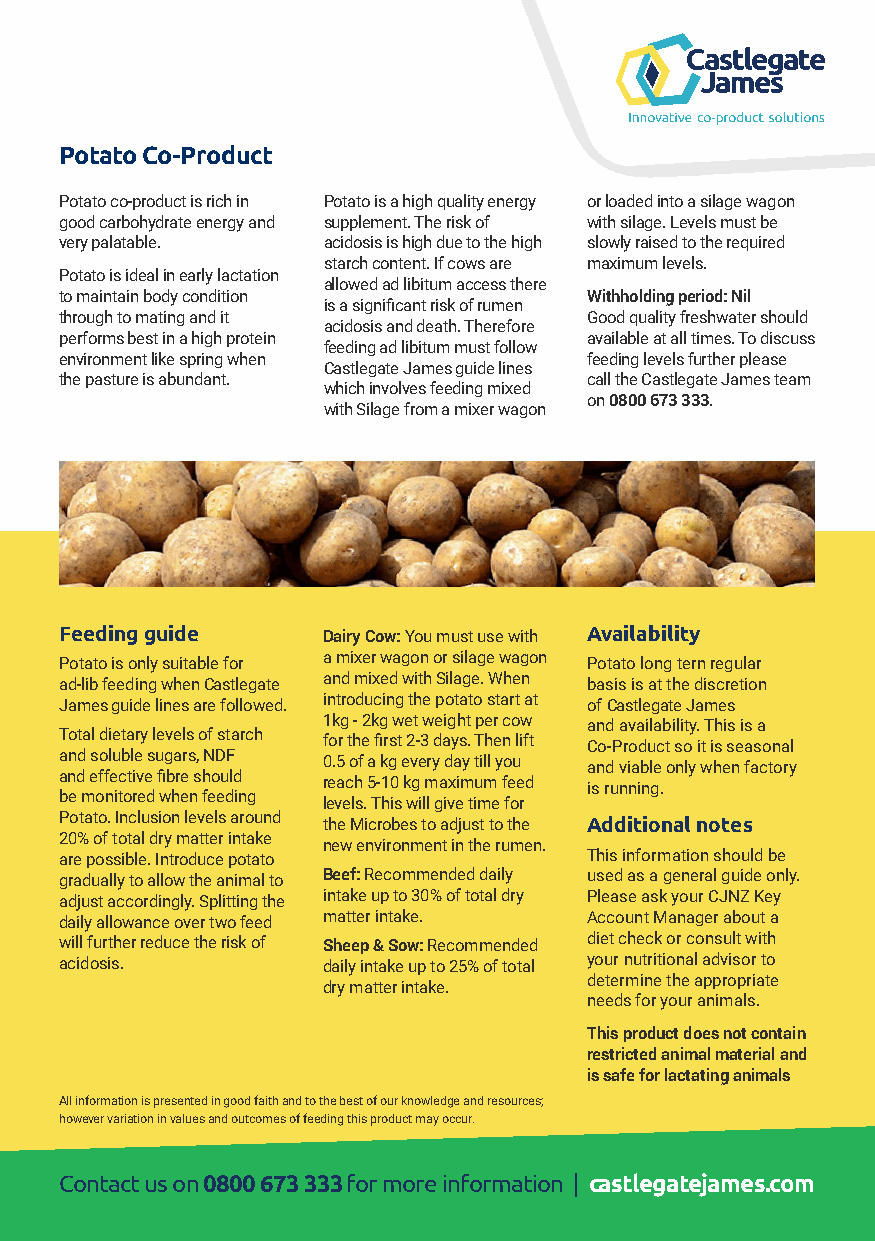
Potato Co-Product
 Potato co-product is rich in Potato is a high quality energy or loaded into a silage wagon
 good carbohydrate energy and supplement. The risk of with silage. Levels must be
 very palatable.  acidosis is high due to the high slowly raised to the required
 starch content. If cows are maximum levels.
 Potato is ideal in early lactation
 allowed ad libitum access there
 to maintain body condition         Withholding period: Nil
 is a significant risk of rumen
 through to mating and it           Good quality freshwater should
 acidosis and death. Therefore
 performs best in a high protein    available at all times. To discuss
 feeding ad libitum must follow
 environment like spring when       feeding levels further please
 Castlegate James guide lines
 the pasture is abundant.           call the Castlegate James team
 which involves feeding mixed
 on 0800 673 333.
 with Silage from a mixer wagon
 Feeding guide    Dairy Cow: You must use with Availability
 Potato is only suitable for a mixer wagon or silage wagon Potato long tern regular
 ad-lib feeding when Castlegate and mixed with Silage. When basis is at the discretion
 James guide lines are followed. introducing the potato start at of Castlegate James
 1kg - 2kg wet weight per cow and availability. This is a
 Total dietary levels of starch
 for the first 2-3 days. Then lift Co-Product so it is seasonal
 and soluble sugars, NDF
 0.5 of a kg every day till you and viable only when factory
 and effective fibre should
 reach 5-10 kg maximum feed is running.
 be monitored when feeding
 levels. This will give time for
 Potato. Inclusion levels around the Microbes to adjust to the Additional notes
 20% of total dry matter intake
 new environment in the rumen.
 are possible. Introduce potato     This information should be
 gradually to allow the animal to Beef: Recommended daily used as a general guide only.
 adjust accordingly. Splitting the intake up to 30% of total dry Please ask your CJNZ Key
 daily allowance over two feed matter intake. Account Manager about a
 will further reduce the risk of Sheep & Sow: Recommended diet check or consult with
 acidosis.        daily intake up to 25% of total your nutritional advisor to
 determine the appropriate
 dry matter intake.
 needs for your animals.
 This product does not contain
 restricted animal material and
 is safe for lactating animals
 All information is presented in good faith and to the best of our knowledge and resources;
 however variation in values and outcomes of feeding this product may occur.
 Contact us on 0800 673 333 for more information | castlegatejames.com